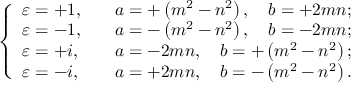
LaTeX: \left\{ \begin{array} { l l } { \varepsilon = + 1 , } & { \quad a = + \left( m ^ { 2 } - n ^ { 2 } \right) , \quad b = + 2 m n ; } \\ { \varepsilon = - 1 , } & { \quad a = - \left( m ^ { 2 } - n ^ { 2 } \right) , \quad b = - 2 m n ; } \\ { \varepsilon = + i , } & { \quad a = - 2 m n , \quad b = + \left( m ^ { 2 } - n ^ { 2 } \right) ; } \\ { \varepsilon = - i , } & { \quad a = + 2 m n , \quad b = - \left( m ^ { 2 } - n ^ { 2 } \right) . } \end{array} \right.